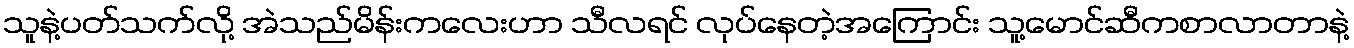
သူနဲ့ပတ်သက်လို့ အဲသည်မိန်းကလေးဟာ သီလရင် လုပ်နေတဲ့အကြောင်း သူ့မောင်ဆီကစာလာတာနဲ့